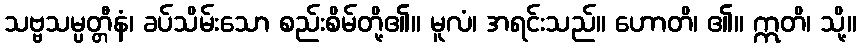
သဗ္ဗသမ္ပတ္တီနံ၊ ခပ်သိမ်းသော စည်းစိမ်တို့၏။ မူလံ၊ အရင်းသည်။ ဟောတိ၊ ၏။ ဣတိ၊ သို့။